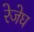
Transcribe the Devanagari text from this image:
रेजेघ